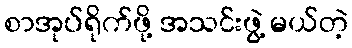
စာအုပ်ရိုက်ဖို့ အသင်းဖွဲ့ မယ်တဲ့